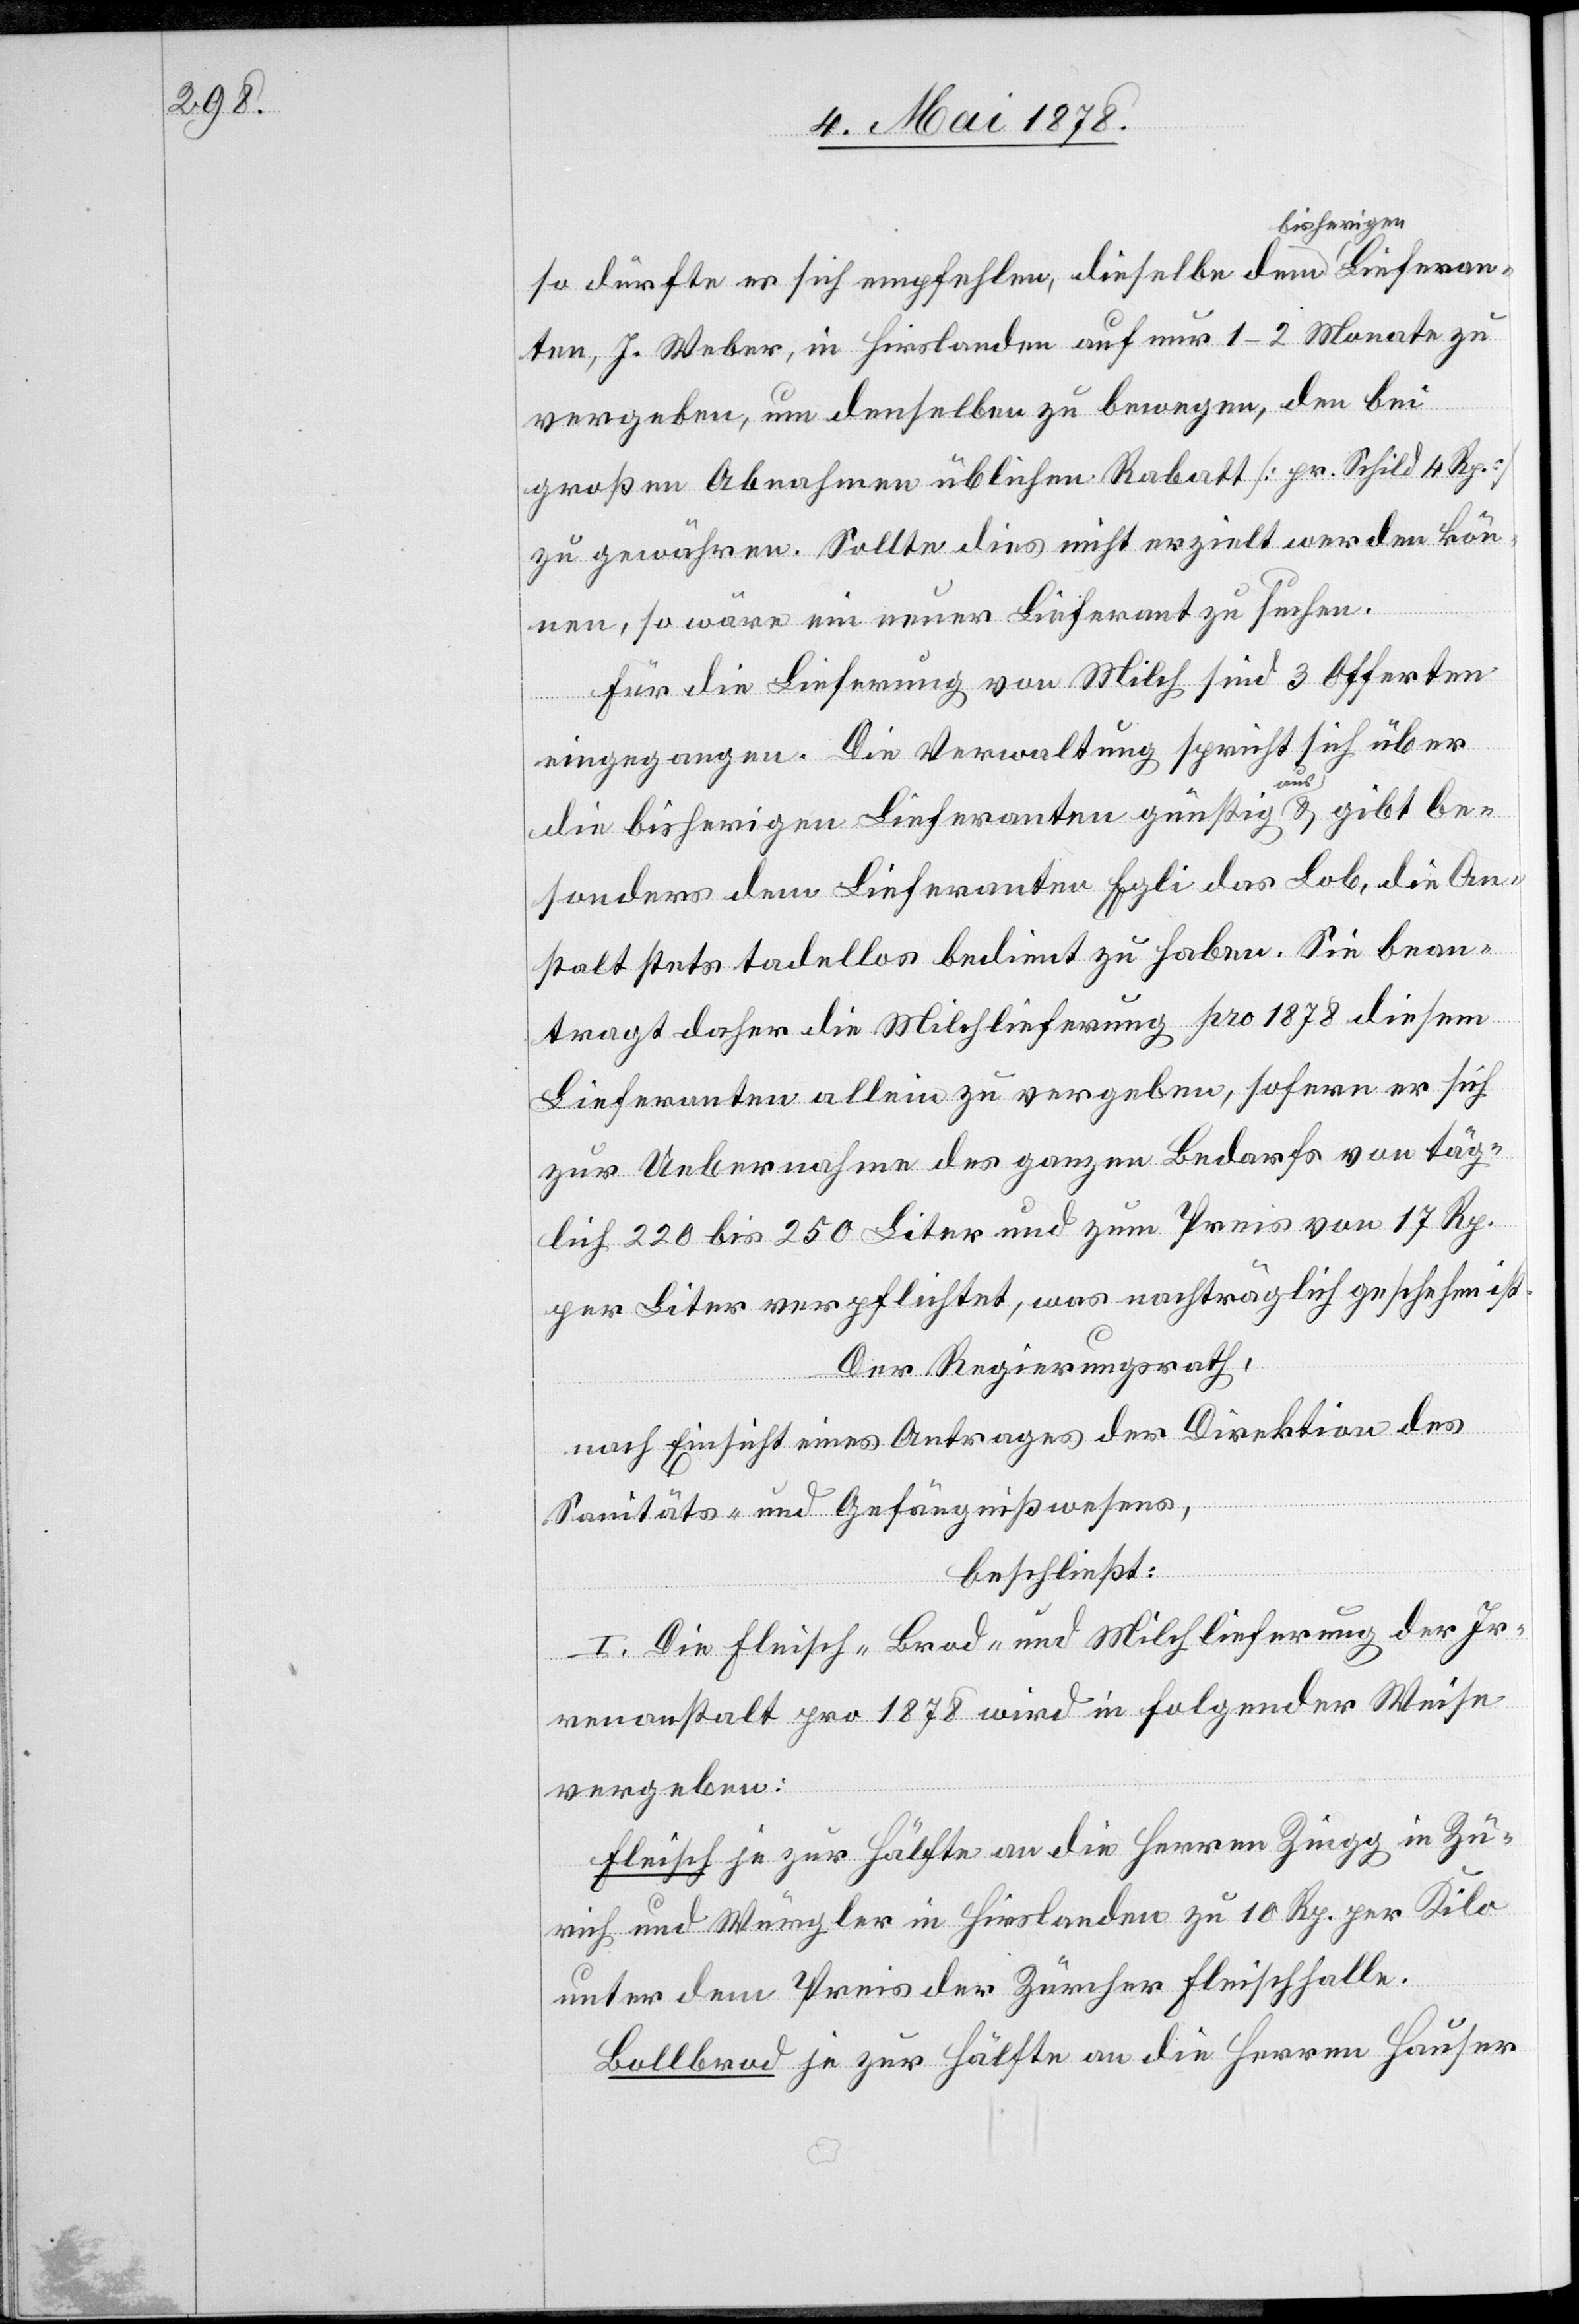
so dürfte es sich empfehlen, dieselbe dem bisherigen
ten, J. Weber, in Hirslanden auf nur 1–2 Monate zu
vergeben, um denselben zu bewegen, den bei
großen Abnahmen üblichen Rabatt [pr. Schild 4 Rp.]
zu gewähren. Sollte dies nicht erzielt werden kön¬
nen, so wäre ein neuer Lieferant zu suchen.
Für die Lieferung von Milch sind 3 Offerten
eingegangen. Die Verwaltung spricht sich über
die bisherigen Lieferanten günstig aus & gibt be¬
sonders dem Lieferanten Egli das Lob, die An¬
stalt stets tadellos bedient zu haben. Sie bean¬
tragt daher die Milchlieferung pro 1878 diesem
Lieferanten allein zu vergeben, sofern er sich
zur Uebernahme des ganzen Bedarfs von täg¬
lich 220 bis 250 Liter und zum Preis von 17 Rp.
per Liter verpflichtet, was nachträglich geschehen ist.
Der Regierungsrath,
nach Einsicht eines Antrages der Direktion des
Sanitäts- & Gefängnißwesens,
an¬
beschließt:
I. Die Fleisch-[,] Brod- und Milchlieferung der Ir¬
renanstalt pro 1878 wird in folgender Weise
vergeben.
Fleisch je zur Hälfte an die Herren Zingg in Zü¬
rich und Würgler in Hirslanden zu 10 Rp. per Kilo
unter dem Preis der Zürcher Fleischhalle.
Bollbrod je zur Hälfte an die Herren Hauser